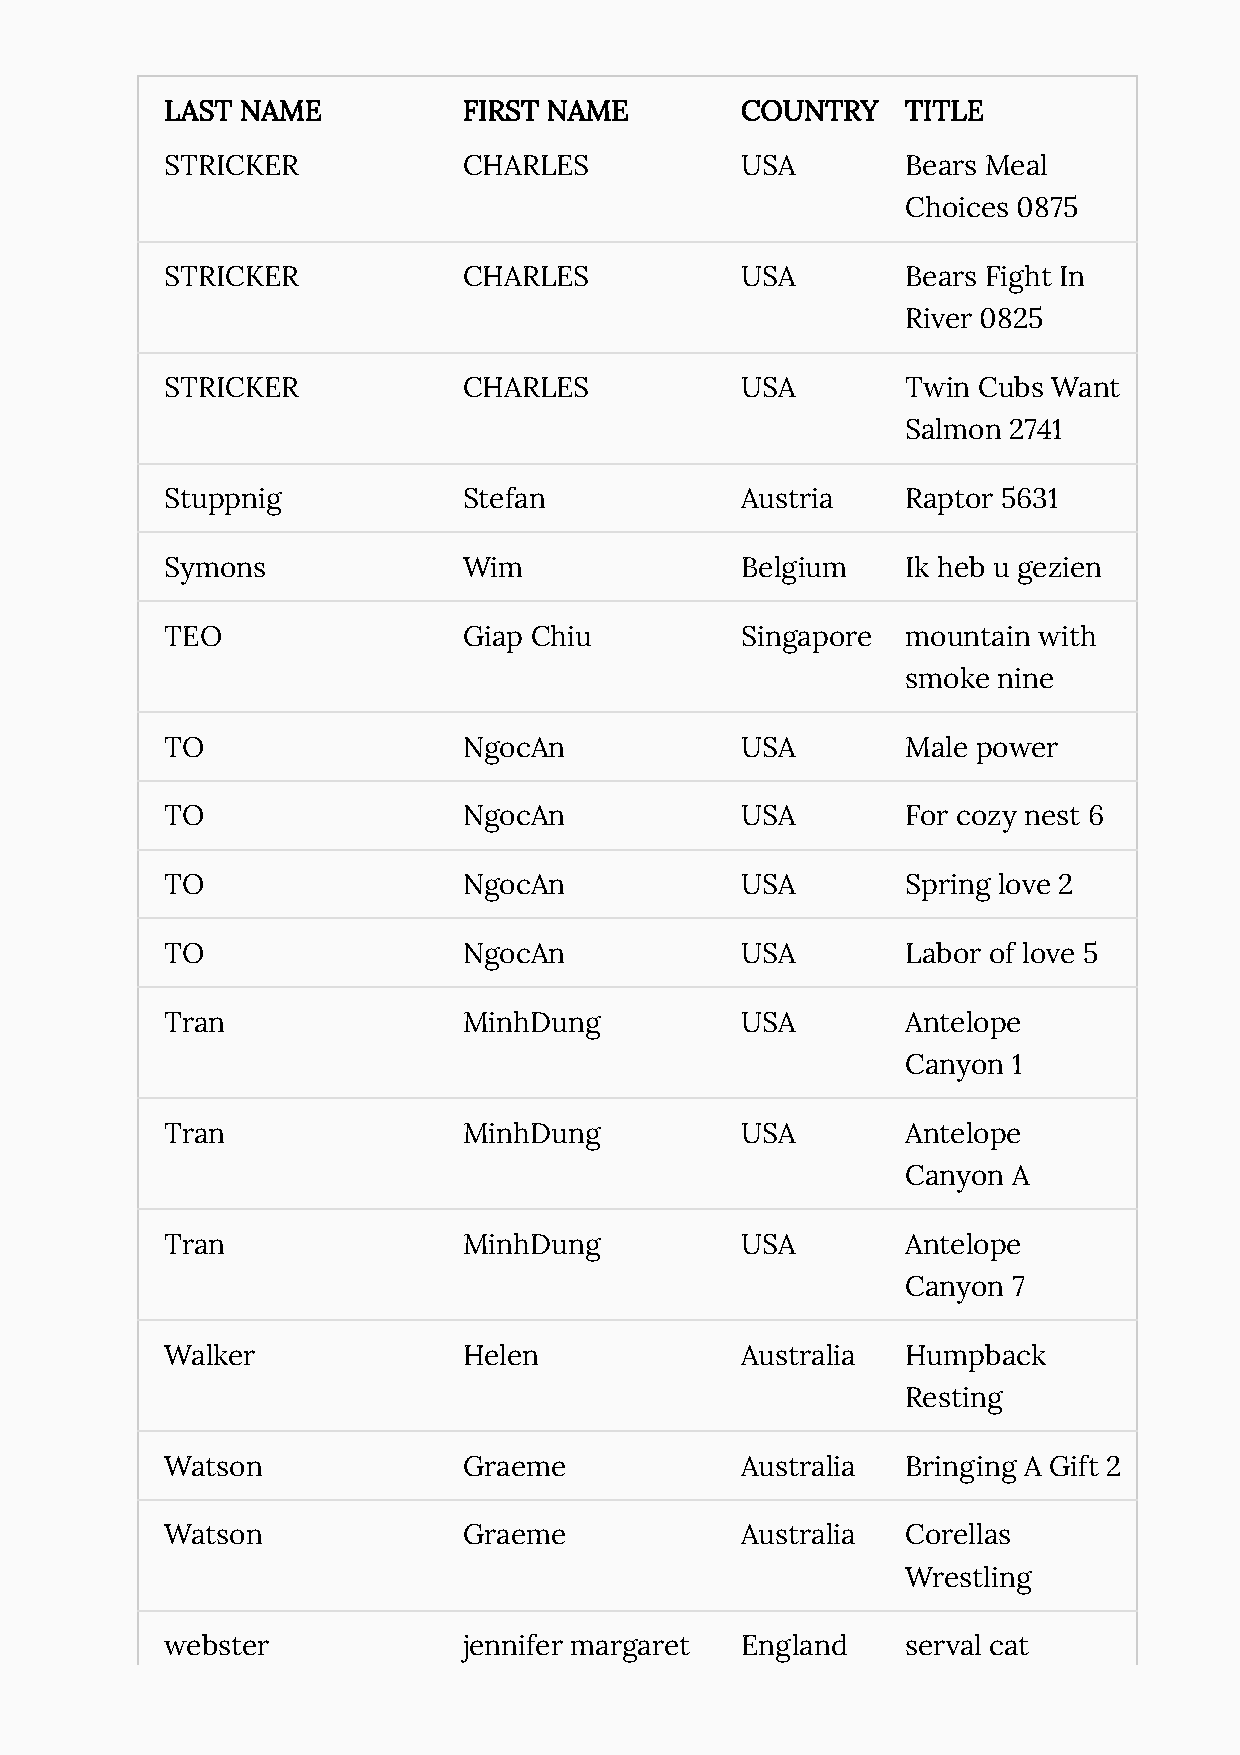
LAST NAME           FIRST NAME        COUNTRY    TITLE
 STRICKER            CHARLES           USA        Bears Meal
 Choices 0875
 STRICKER            CHARLES           USA        Bears Fight In
 River 0825
 STRICKER            CHARLES           USA        Twin Cubs Want
 Salmon 2741
 Stuppnig            Stefan            Austria    Raptor 5631
 Symons              Wim               Belgium    Ik heb u gezien
 TEO                 Giap Chiu         Singapore  mountain with
 smoke nine
 TO                  NgocAn            USA        Male power
 TO                  NgocAn            USA        For cozy nest 6
 TO                  NgocAn            USA        Spring love 2
 TO                  NgocAn            USA        Labor of love 5
 Tran                MinhDung          USA        Antelope
 Canyon 1
 Tran                MinhDung          USA        Antelope
 Canyon A
 Tran                MinhDung          USA        Antelope
 Canyon 7
 Walker              Helen             Australia  Humpback
 Resting
 Watson              Graeme            Australia  Bringing A Gift 2
 Watson              Graeme            Australia  Corellas
 Wrestling
 webster             jennifer margaret England    serval cat